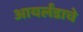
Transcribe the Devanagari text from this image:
आयर्लंडाचे